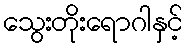
သွေးတိုးရောဂါနှင့်